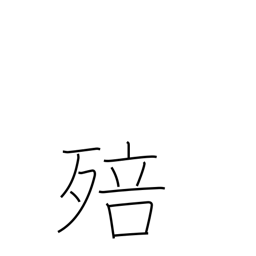
Meaning: grow mouldy